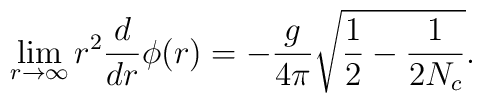
\lim_{r\to \infty}r^2\frac{d}{dr}\phi(r)=-\frac{g}{4\pi}\sqrt{\frac{1}{2}-\frac{1}{2N_c}}.